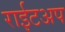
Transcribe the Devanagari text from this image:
राईटअप